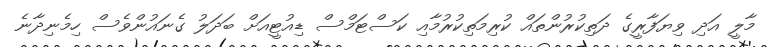
މާލީ އަދި ވިޔަފާރީގެ ދަތިކުރުންތައް ކުރިމަތިކުރުމާއި ކަސްޓަމްސް ޑިއުޓީއަށް ބަދަލު ގެނައުންވެސް ހިމެނިދާނެ